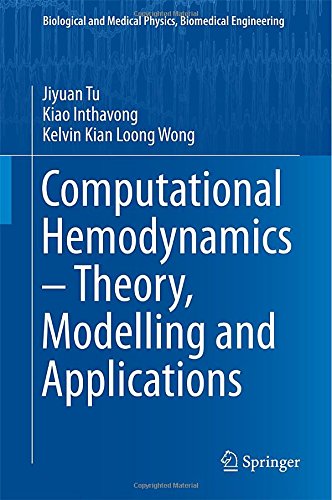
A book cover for Computational Hemodynamics - Theory, Modelling and Applications (Biological and Medical Physics, Biomedical Engineering); Jiyuan Tu; Science & Math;